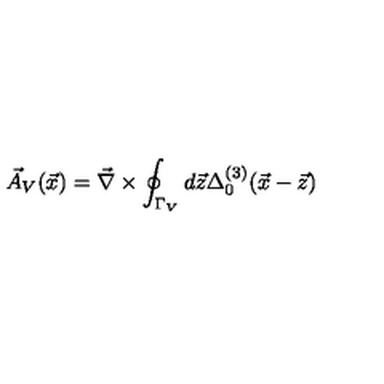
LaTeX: \vec { A } _ { V } ( \vec { x } ) = \vec { \nabla } \times \oint _ { \Gamma _ { V } } d \vec { z } \Delta _ { 0 } ^ { ( 3 ) } ( \vec { x } - \vec { z } )